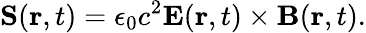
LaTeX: \mathbf{S}(\mathbf{r},t)=\epsilon_{0}c^{2}\mathbf{E}(\mathbf{r},t)\times\mathbf{B}(\mathbf{r},t).